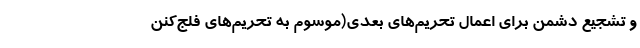
و تشجیع دشمن برای اعمال تحریم‌های بعدی(موسوم به تحریم‌های فلج‌کنن